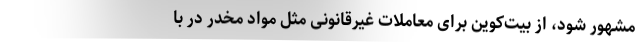
مشهور شود، از بیت‌کوین برای معاملات غیرقانونی مثل مواد مخدر در با